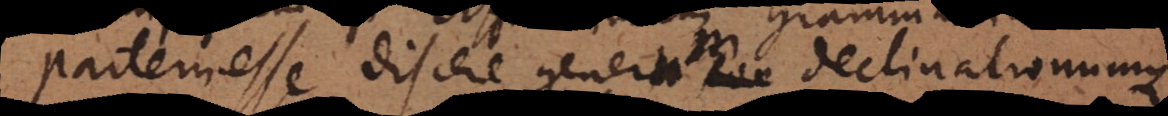
rtem esse discere generum declinationumque